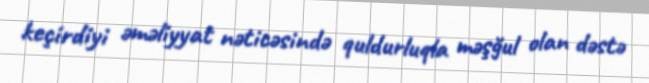
keçirdiyi əməliyyat nəticəsində quldurluqla məşğul olan dəstə